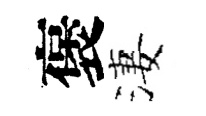
褒淒